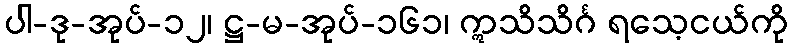
ပါ-ဒု-အုပ်-၁၂၊ ဋ္ဌ-မ-အုပ်-၁၆၁၊ ဣသိသိင်္ဂ ရသေ့ငယ်ကို